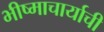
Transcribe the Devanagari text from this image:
भीष्माचार्याची